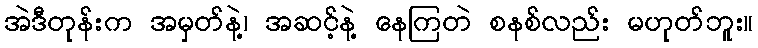
အဲဒီတုန်းက အမှတ်နဲ့၊ အဆင့်နဲ့ နေကြတဲ စနစ်လည်း မဟုတ်ဘူး။